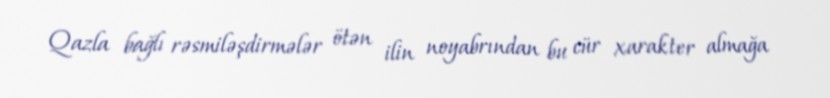
Qazla bağlı rəsmiləşdirmələr ötən ilin noyabrından bu cür xarakter almağa